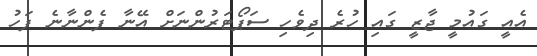
އެއީ ގައުމީ ޖާޒީ ގައި ހުރެ ދިވެހި ސަޕޯޓަރުންނަށް އޭނާ ފެންނާނެ ފަހު